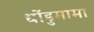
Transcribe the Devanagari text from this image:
धोंडुमामा